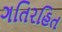
ગતિરહિત